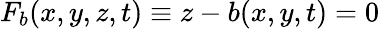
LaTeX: F_{b}(x,y,z,t)\equiv z-b(x,y,t)=0